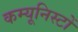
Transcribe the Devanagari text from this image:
कम्यूनिस्टों